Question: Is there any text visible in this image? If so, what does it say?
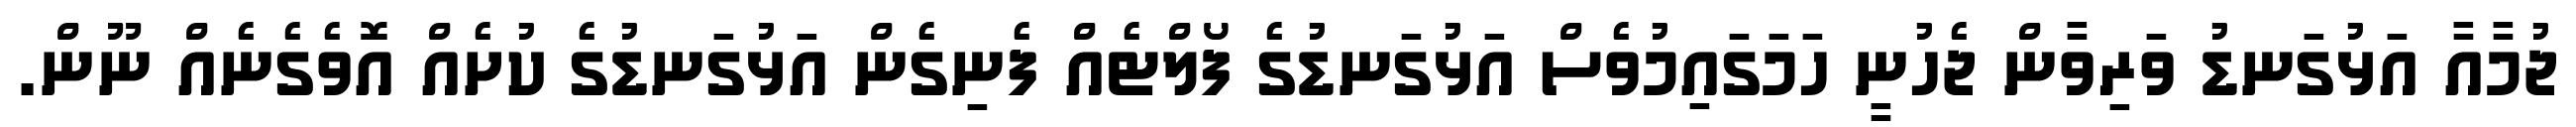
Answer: ޖުމާއާ އަޅުގަނޑު ވަރިވާން ޖެހުނީ ހަމަގައިމުވެސް އަޅުގަނޑުގެ ފޯލްޓެއް ފެނިގެން އަޅުގަނޑުގެ ކުށެއް އޮވެގެނެއް ނޫން.